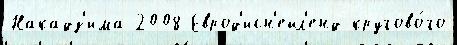
Накадз'има 2008 Еврод'исн'ейл'енд кругово́го